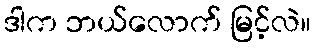
ဒါက ဘယ်လောက် မြင့်လဲ။